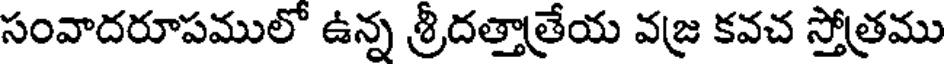
సంవాదరూపములో ఉన్న శ్రీదత్తాత్రేయ వజ్ర కవచ స్తోత్రము